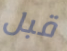
قبل